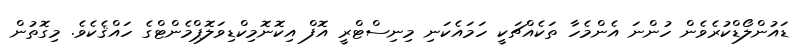
ޑައުންލޯޑްކުރެވެން ހުންނަ އެންމެހާ ތަކެއްޗަކީ ހަމައެކަނި މިނިސްޓްރީ އޮފް އިކޮނޮމިކްޑިވަލޮޕްމެންޓްގެ ހައްޤެކެވެ. މިގޮތުން